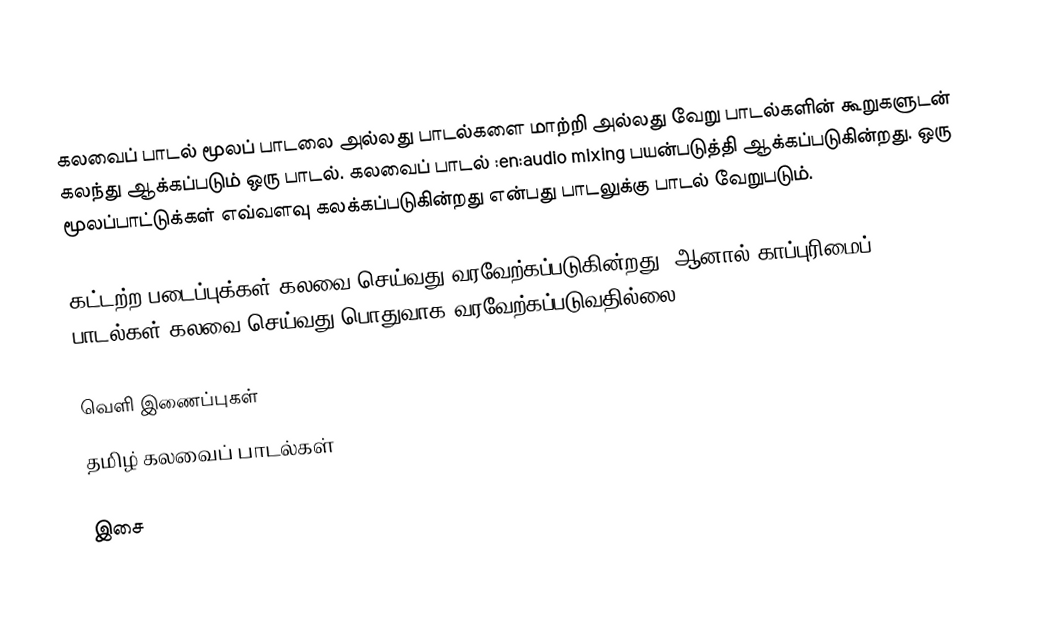
கலவைப் பாடல் மூலப் பாடலை அல்லது பாடல்களை மாற்றி அல்லது வேறு பாடல்களின் கூறுகளுடன் கலந்து ஆக்கப்படும் ஒரு பாடல்.  கலவைப் பாடல் :en:audio mixing பயன்படுத்தி ஆக்கப்படுகின்றது.  ஒரு மூலப்பாட்டுக்கள் எவ்வளவு கலக்கப்படுகின்றது என்பது பாடலுக்கு பாடல் வேறுபடும்.

கட்டற்ற படைப்புக்கள் கலவை செய்வது வரவேற்கப்படுகின்றது.  ஆனால் காப்புரிமைப் பாடல்கள் கலவை செய்வது பொதுவாக வரவேற்கப்படுவதில்லை.

வெளி இணைப்புகள்
 தமிழ் கலவைப் பாடல்கள்

இசை